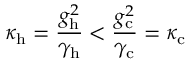
\kappa _ { \mathrm { h } } = \frac { g _ { \mathrm { h } } ^ { 2 } } { \gamma _ { \mathrm { h } } } < \frac { g _ { \mathrm { c } } ^ { 2 } } { \gamma _ { \mathrm { c } } } = \kappa _ { \mathrm { c } }